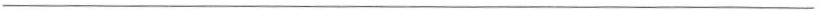
___